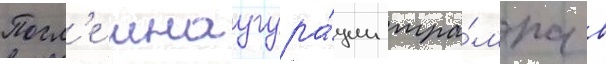
Посл'е инаугура́ции тра́мпа в